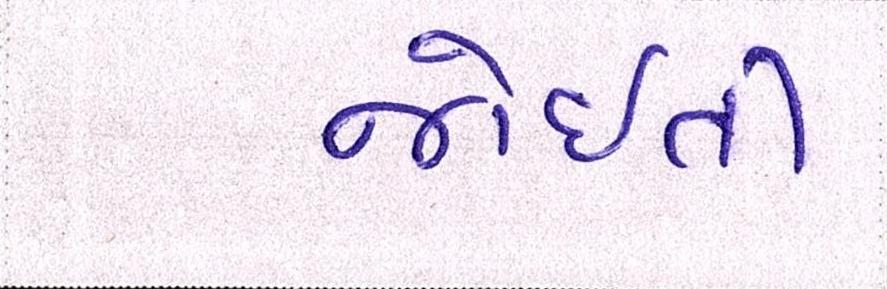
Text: જોઈતી